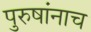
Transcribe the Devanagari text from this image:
पुरुषांनाच